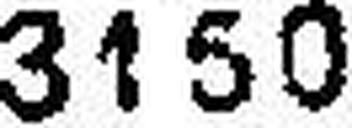
3150